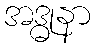
အဒ္ဓုနာ